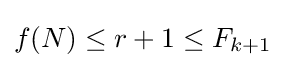
f(N)\leq r+1\leq F_{k+1}